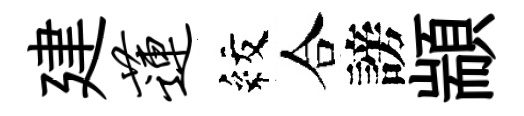
建莲紋合謗顓